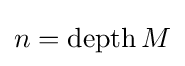
n=\operatorname {depth} M